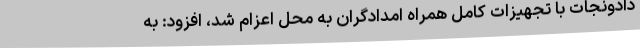
دادونجات با تجهیزات کامل همراه امدادگران به محل اعزام شد، افزود: به